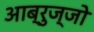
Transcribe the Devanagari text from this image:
आब्रुज्जो